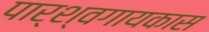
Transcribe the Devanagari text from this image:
पार्श्वगायकास